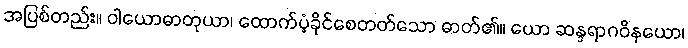
အပြစ်တည်း။ ဝါယောဓာတုယာ၊ ထောက်ပံ့ခိုင်စေတတ်သော ဓာတ်၏။ ယော ဆန္ဒရာဂဝိနယော၊